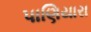
પાણિયારા